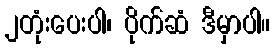
၂တုံးပေးပါ၊ ပိုက်ဆံ ဒီမှာပါ။